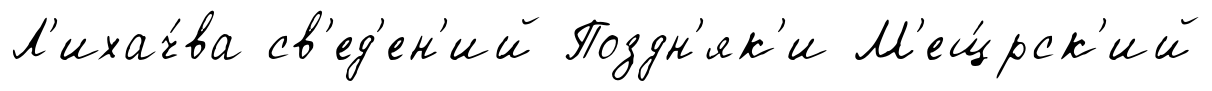
Л'ихач́ва св'ед'ен'ий Поздн'як'и М'ещ́рск'ий